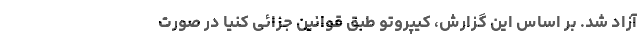
آزاد شد. بر اساس این گزارش، کیپروتو طبق قوانین جزائی کنیا در صورت